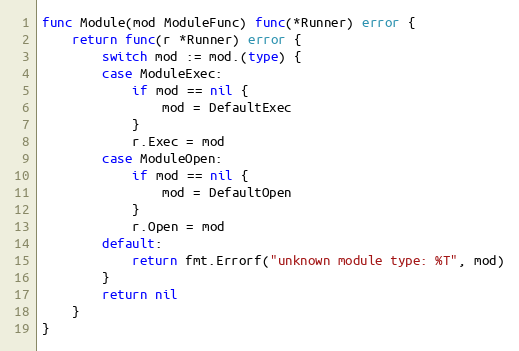
Language: Go
func Module(mod ModuleFunc) func(*Runner) error {
	return func(r *Runner) error {
		switch mod := mod.(type) {
		case ModuleExec:
			if mod == nil {
				mod = DefaultExec
			}
			r.Exec = mod
		case ModuleOpen:
			if mod == nil {
				mod = DefaultOpen
			}
			r.Open = mod
		default:
			return fmt.Errorf("unknown module type: %T", mod)
		}
		return nil
	}
}